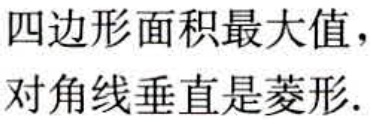
四边形面积最大值，
对角线垂直是菱形.